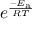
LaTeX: e ^ { \frac { - E _ { \mathrm { a } } } { R T } }